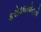
કરોડથયોહતો